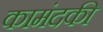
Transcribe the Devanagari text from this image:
कामंदकी